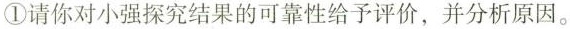
①请你对小强探究结果的可靠性给予评价，并分析原因。